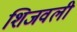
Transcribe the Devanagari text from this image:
शिजवली